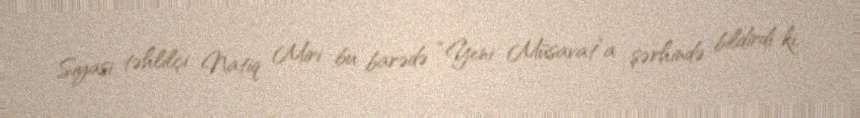
Siyasi təhlilçi Natiq Miri bu barədə “Yeni Müsavat”a şərhində bildirdi ki,